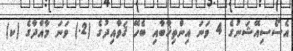
އެސޯސިއޭޝަނުގެ 4 ވަނަ އިންތިޚާބާއި ބެހޭ ޤަވާއިދުގެ (2.) ވަނަ މާއްދާގެ (ކ)